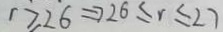
r \geq 2 6 \Rightarrow 2 6 \leq r \leq 2 7